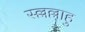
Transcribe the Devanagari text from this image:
स्ल्लल्लाहु